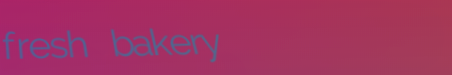
fresh bakery